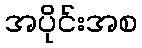
အပိုင်းအစ